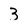
Character: 3